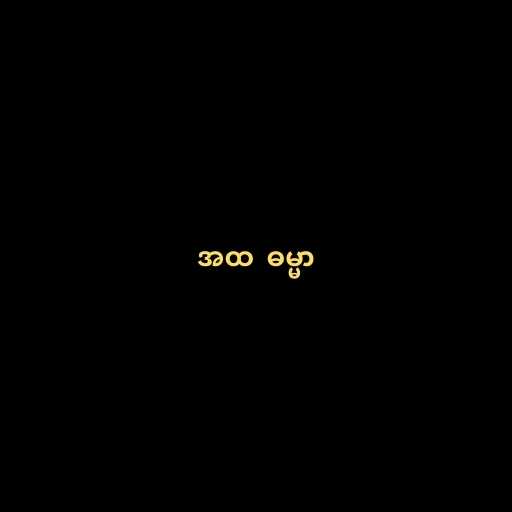
အထ  ဓမ္မာ